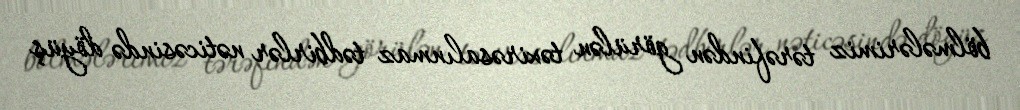
bölmələrimiz tərəfindən görülən təxirəsalınmaz tədbirlər nəticəsində döyüş